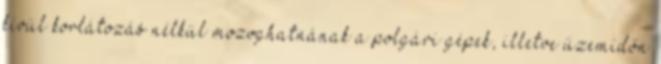
kívül korlátozás nélkül mozoghatnának a polgári gépek, illetve üzemidőn